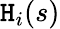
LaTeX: \mathtt{H}_{i}(s)